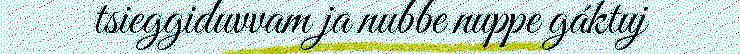
tsieggiduvvam ja nubbe nuppe gáktuj